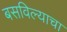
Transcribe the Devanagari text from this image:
बसविल्याचा